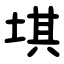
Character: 㙋